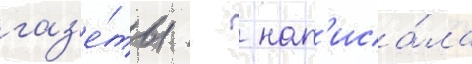
газ'е́ты   нап'иса́ла